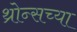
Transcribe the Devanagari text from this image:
थ्रोन्सच्या